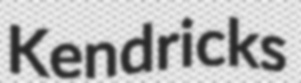
Kendricks